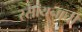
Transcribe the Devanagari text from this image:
रसायनाची